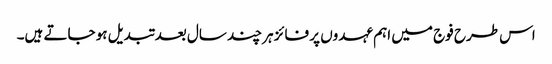
اس طرح فوج میں اہم عہدوں پر فائز ہر چند سال بعد تبدیل ہو جاتے ہیں۔